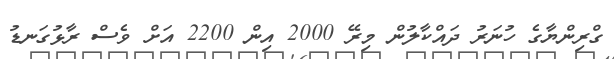
ގްރިންޔާގެ ހުނަރު ދައްކާލުން މިރޭ 2000 އިން 2200 އަށް ވެސް ރާޅުގަނޑު